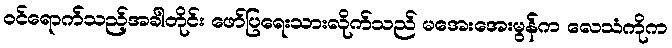
ဝင်ရောက်သည့်အခါတိုင်း ဖော်ပြရေးသားလိုက်သည် မအေးအေးမွန်က လေသံကိုက